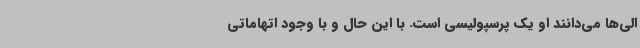
الی‌ها می‌دانند او یک پرسپولیسی است. با این‌ حال و با وجود اتهاماتی